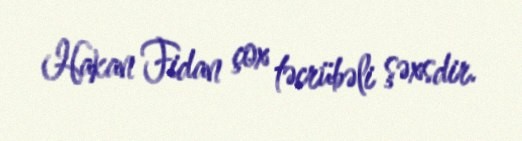
Hakan Fidan çox təcrübəli şəxsdir.